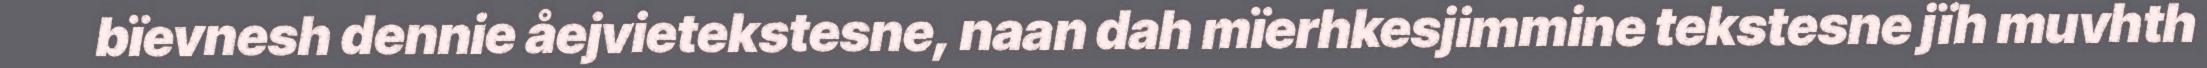
bïevnesh dennie åejvietekstesne, naan dah mïerhkesjimmine tekstesne jïh muvhth